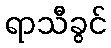
ရာသီခွင်